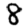
Digit: 8